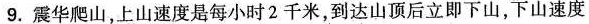
9.震华爬山，上山速度是每小时2千米，到达山顶后立即下山，下山速度